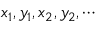
x _ { 1 } , y _ { 1 } , x _ { 2 } , y _ { 2 } , \cdots